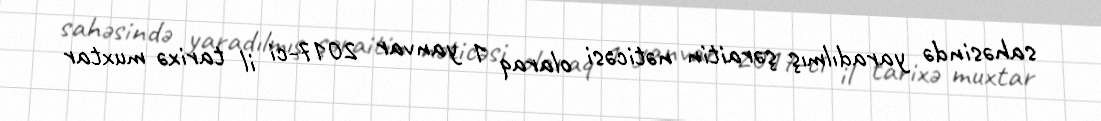
sahəsində yaradılmış şəraitin nəticəsi olaraq 1 yanvar 2017-ci il tarixə muxtar